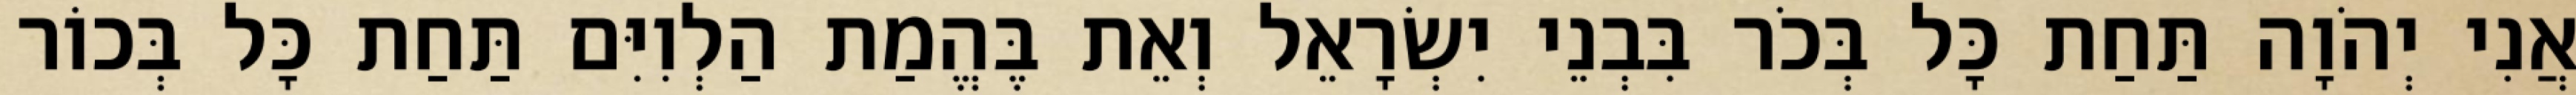
אֲנִי יְהֹוָה תַּחַת כָּל בְּכֹר בִּבְנֵי יִשְׂרָאֵל וְאֵת בֶּהֱמַת הַלְוִיִּם תַּחַת כָּל בְּכוֹר